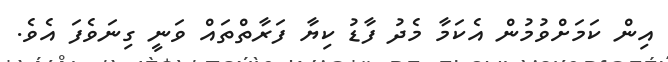
އިން ކަމަށްވުމުން އެކަމާ މެދު ފާޑު ކިޔާ ފަރާތްތައް ވަނީ ގިނަވެފަ އެވެ.